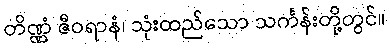
တိဏ္ဏံ ဇီဝရာနံ၊ သုံးထည်သော သင်္ကန်းတို့တွင်။